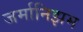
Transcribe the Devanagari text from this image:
जर्मानिझम